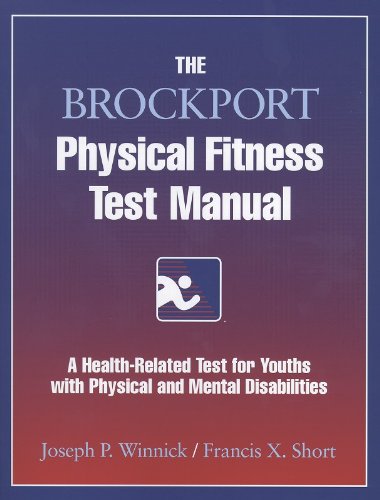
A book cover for The Brockport Physical Fitness Test Manual; Joseph Winnick; Sports & Outdoors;